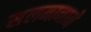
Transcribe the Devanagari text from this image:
सलमानाने